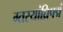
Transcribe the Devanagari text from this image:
ग्तस्यांघ्रिपद्मं